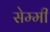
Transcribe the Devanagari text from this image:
सेम्मी